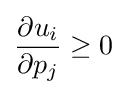
{\frac {\partial u_{i}}{\partial p_{j}}}\geq 0